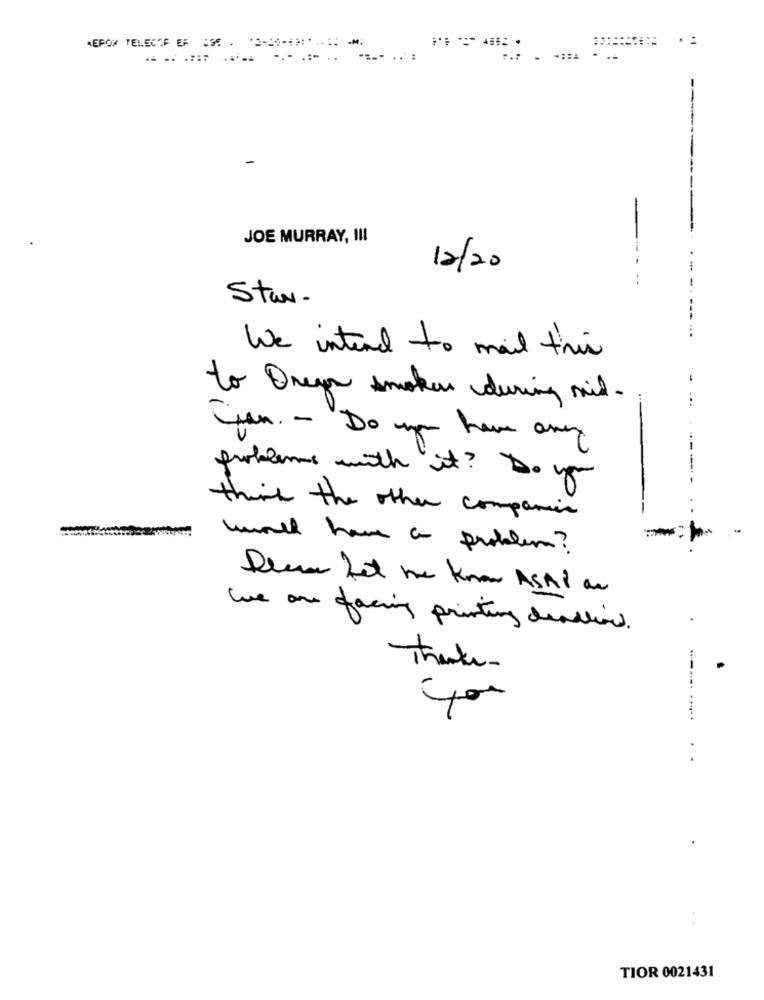
KEPOM TELECOF EF :35 . '2-20-49 :*
-M;
* :
JOE MURRAY, III
12/20
-
Star-
We intend to mail this
to Onego smoker during mid.
...
Juan. - Do you have any
problems with it? Do you
think the other companies
munch have a problem?
Please Let me know ASAP an
We are facing printing deadline .
Thanks
400
.
TIOR 0021431